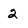
Character: 2